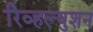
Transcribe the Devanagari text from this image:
रिव्हल्युशन